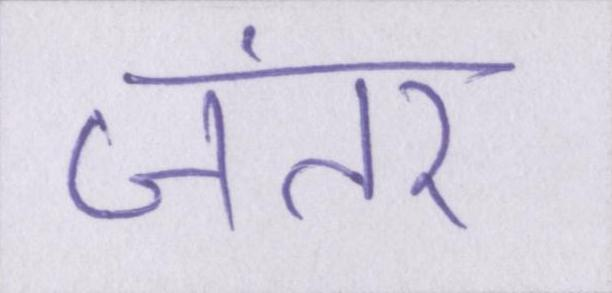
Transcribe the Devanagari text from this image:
जंतर